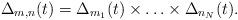
LaTeX: \begin{align*}\Delta_{m,n}(t)=\Delta_{m_1}(t)\times\ldots\times \Delta_{n_N}(t).\end{align*}